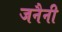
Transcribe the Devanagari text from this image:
जनैनी